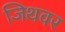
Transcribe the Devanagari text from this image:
जिथवर